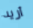
أريد